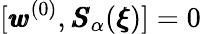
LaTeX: [{\pmb w}^{(0)},{\pmb S}_{\alpha}({\pmb\xi})]=0